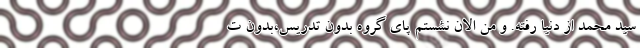
سید محمد از دنیا رفته. و من الان نشستم پای گروه بدون تدریس،بدون ت